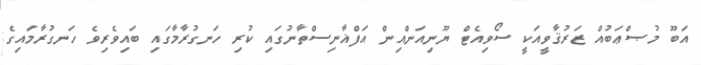
އަބޫ މުޞްޢަބުއް ޒަރުޤާވީއަކީ ސޯވިއެޓް ޔޫނިއަންއިން އަފްޣާނިސްތާނުގައި ކުރި ހަނގުރާމާގައި ބައިވެރިވެ ހަނގުރާމައިގެ